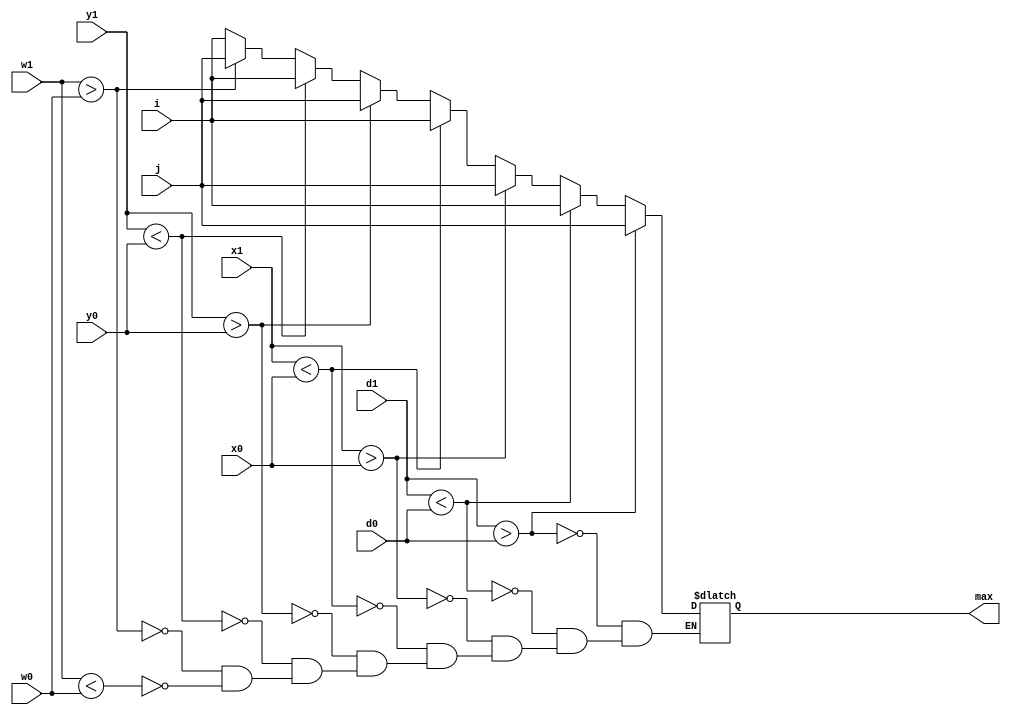
`timescale 10ns/1ps
module Comparator(x0, y0, w0, d0, i, x1, y1, w1, d1, j, max); 
input [7:0] x0, x1;
input [7:0] y0, y1;
input [3:0] w0, w1;
input [16:0] d0, d1;
input [2:0] i, j;

output reg [2:0] max;

always @ (x0 or x1 or y0 or y1 or w0 or w1 or d0 or d1) begin  
  if (d1 > d0) begin
    max <= j;
  end  
  else if (d1 < d0) begin 
    max <= i;
  end  
  else if (x1 > x0) begin
    max <= j;
  end  
  else if (x1 < x0) begin 
    max <= i;
  end    
  else if (y1 > y0) begin 
    max <= j;
  end  
  else if (y1 < y0) begin 
    max <= i;
  end    
  else if (w1 > w0) begin 
    max <= j;
  end
  else if (w1 < w0) begin 
    max <= i;
  end
 
end
endmodule